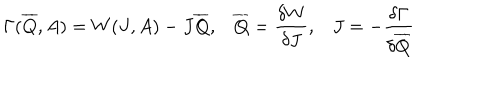
LaTeX: \Gamma ( \overline { { { Q } } } , A ) = W ( J , A ) - J \overline { { { Q } } } , \overline { { { Q } } } = \frac { \delta W } { \delta J } , J = - \frac { \delta \Gamma } { \delta \overline { { { Q } } } }